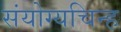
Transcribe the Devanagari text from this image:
संयोग्यचिन्ह